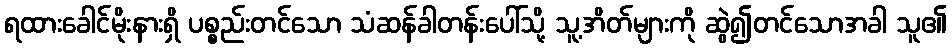
ရထားခေါင်မိုးနားရှိ ပစ္စည်းတင်သော သံဆန်ခါတန်းပေါ်သို့ သူ့အိတ်များကို ဆွဲ၍တင်သောအခါ သူ၏